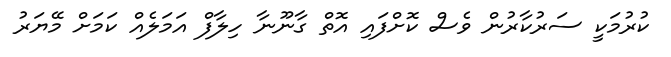
ކުރުމަކީ ސަރުކާރުން ވެސް ކޮށްފައި އޮތް ގާނޫނާ ހިލާފް އަމަލެއް ކަމަށް މޭޔަރު